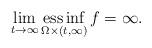
LaTeX: \begin{align*}\lim_{t \to \infty}\mathop{\rm ess\,inf}_{\Omega \times (t, \infty)}f =\infty.\end{align*}